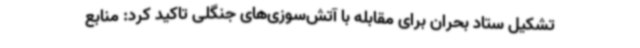
تشکیل ستاد بحران برای مقابله با آتش‌سوزی‌های جنگلی تاکید کرد: منابع